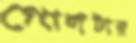
গোলটার